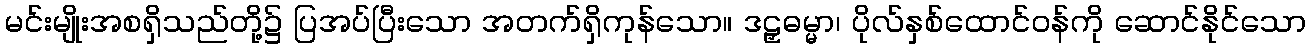
မင်းမျိုးအစရှိသည်တို့၌ ပြအပ်ပြီးသော အတက်ရှိကုန်သော။ ဒဠှဓမ္မာ၊ ပိုလ်နှစ်ထောင်ဝန်ကို ဆောင်နိုင်သော